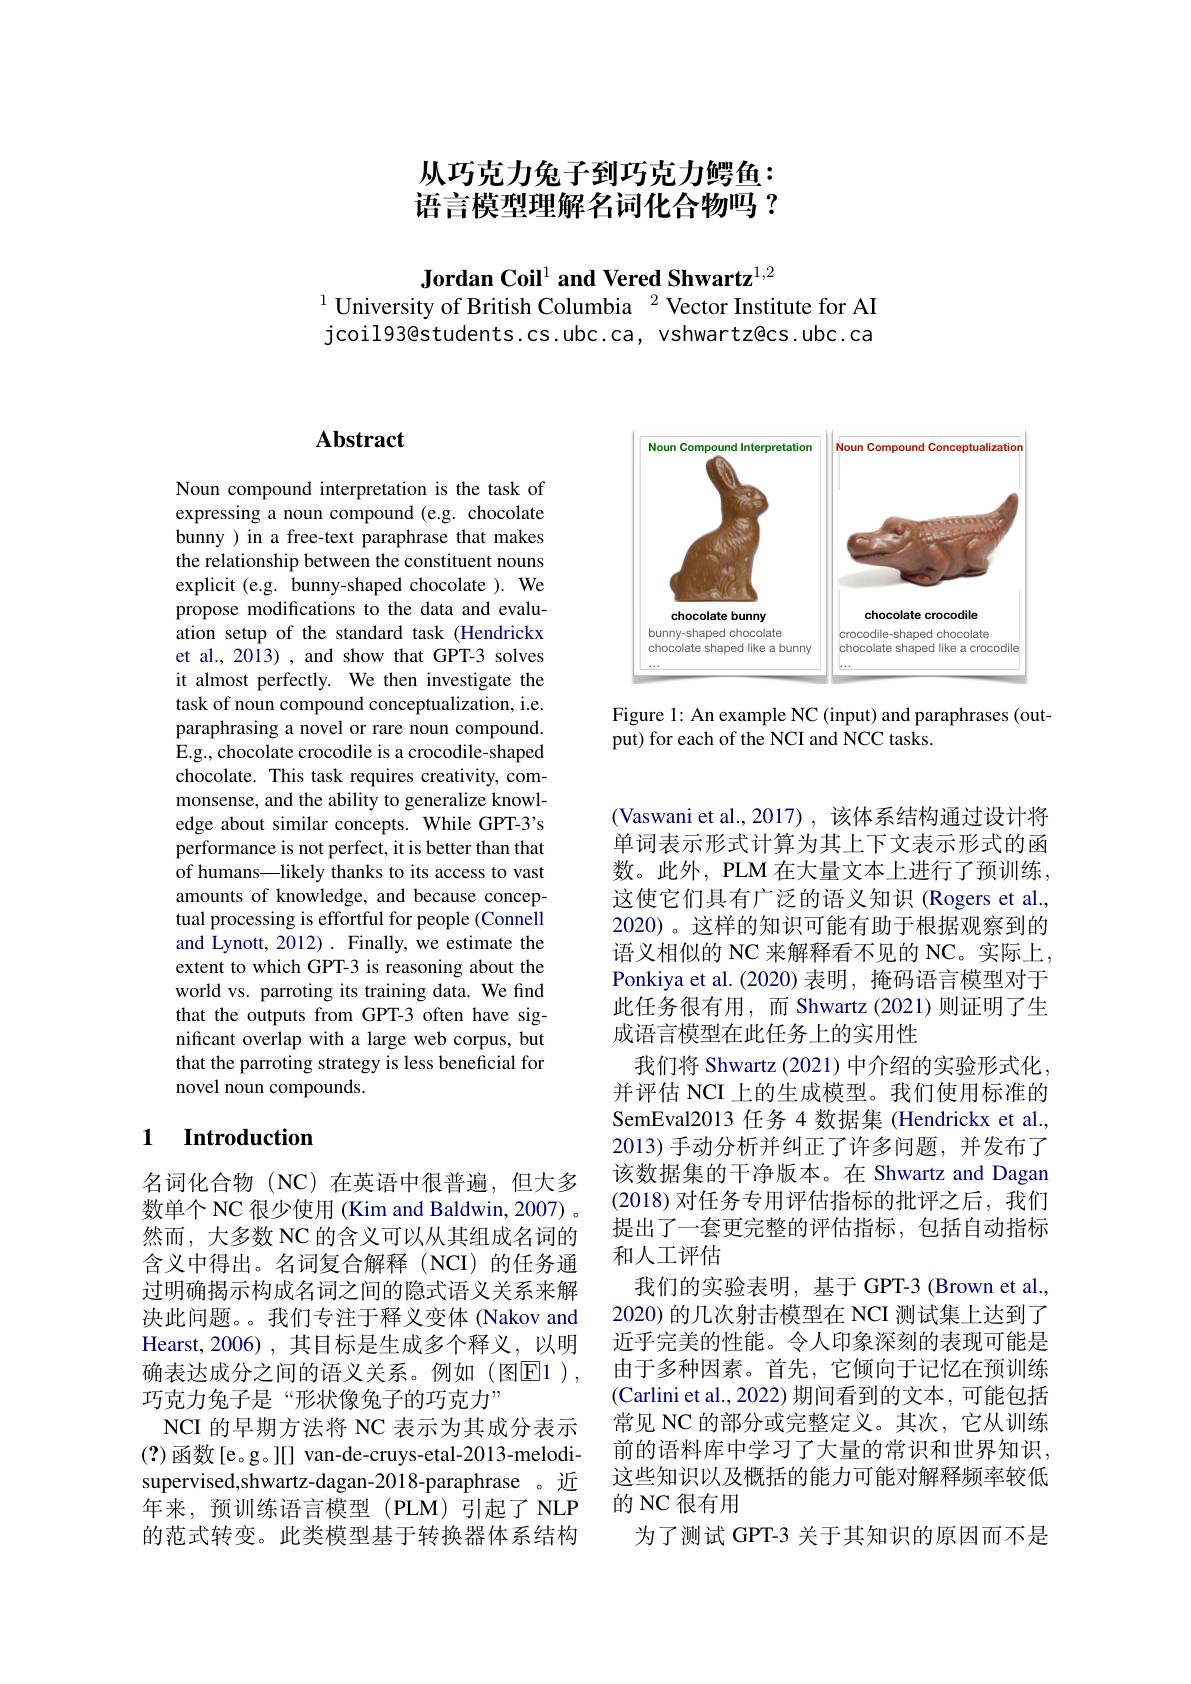
# 从巧克力兔子到巧克力鳄鱼： 语言模型理解名词化合物吗？

Jordan Coil$^{1}$ and Vered Shwartz$^{1,2}$
$^{1}$ University of British Columbia $^{2}$ Vector Institute for AI

jcoil93@students.cs.ubc.ca, vshwartz@cs.ubc.ca

## Abstract

Noun compound interpretation is the task of expressing a noun compound (e.g. chocolate bunny ) in a free-text paraphrase that makes the relationship between the constituent nouns explicit (e.g. bunny-shaped chocolate ). We propose modifications to the data and evaluation setup of the standard task (Hendrickx et al., 2013) , and show that GPT-3 solves it almost perfectly. We then investigate the task of noun compound conceptualization, i.e. paraphrasing a novel or rare noun compound. E.g., chocolate crocodile is a crocodile-shaped chocolate. This task requires creativity, commonsense, and the ability to generalize knowledge about similar concepts. While GPT-3's performance is not perfect, it is better than that of humans—likely thanks to its access to vast amounts of knowledge, and because conceptual processing is effortful for people (Connell and Lynott, 2012) . Finally, we estimate the extent to which GPT-3 is reasoning about the world vs. parroting its training data. We find that the outputs from GPT-3 often have significant overlap with a large web corpus, but that the parroting strategy is less beneficial for novel noun compounds.

### 1 $\textbf{Introduction}$

名词化合物(NC)在英语中很普遍，但大多数单个 NC 很少使用 (Kim and Baldwin, 2007) 。然而，大多数 NC 的含义可以从其组成名词的含义中得出。名词复合解释(NCI)的任务通过明确揭示构成名词之间的隐式语义关系来解决此问题。。我们专注于释义变体 (Nakov and Hearst, 2006), 其目标是生成多个释义，以明确表达成分之间的语义关系。例如(图E1), 巧克力兔子是“形状像兔子的巧克力”
NCI 的早期方法将 NC 表示为其成分表示(?)函数[e。g。][] van-de-cruys-etal-2013-melodisupervised,shwartz-dagan-2018-paraphrase 。近年来，预训练语言模型(PLM)引起了NLP 的范式转变。此类模型基于转换器体系结构

<FigureHere>

Figure 1: An example NC (input) and paraphrases (out-
put) for each of the NCI and NCC tasks.

(Vaswani et al.,2017),该体系结构通过设计将单词表示形式计算为其上下文表示形式的函数。此外，PLM 在大量文本上进行了预训练， 这使它们具有广泛的语义知识(Rogers et al. 2020)。这样的知识可能有助于根据观察到的语义相似的 NC 来解释看不见的 NC。实际上， Ponkiya et al. (2020) 表明，掩码语言模型对于此任务很有用，而 Shwartz (2021)则证明了生成语言模型在此任务上的实用性
我们将 Shwartz (2021) 中介绍的实验形式化， 并评估 NCI 上的生成模型。我们使用标准的SemEval2013 任务 4 数据集 (Hendrickx et al. 2013) 手动分析并纠正了许多问题，并发布了该数据集的干净版本。在 Shwartz and Dagan (2018) 对任务专用评估指标的批评之后，我们提出了一套更完整的评估指标，包括自动指标和人工评估
我们的实验表明，基于 GPT-3 (Brown et al. 2020) 的几次射击模型在 NCI 测试集上达到了近乎完美的性能。令人印象深刻的表现可能是由于多种因素。首先，它倾向于记忆在预训练(Carlini et al., 2022) 期间看到的文本，可能包括常见 NC 的部分或完整定义。其次，它从训练前的语料库中学习了大量的常识和世界知识， 这些知识以及概括的能力可能对解释频率较低的 NC 很有用
为了测试 GPT-3 关于其知识的原因而不是